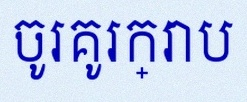
ចូរគូរក្រាប